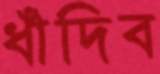
ধাঁদিব